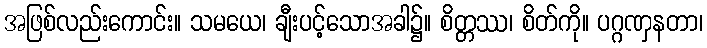
အဖြစ်လည်းကောင်း။ သမယေ၊ ချီးပင့်သောအခါ၌။ စိတ္တဿ၊ စိတ်ကို။ ပဂ္ဂဏှနတာ၊